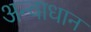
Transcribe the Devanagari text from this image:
अन्वाधान